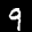
Label: 9